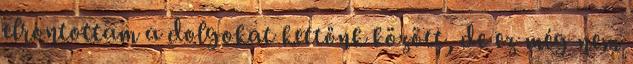
elrontottam a dolgokat kettőnk között, de ez még nem